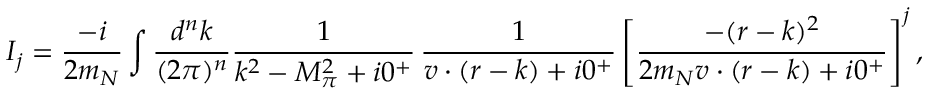
I _ { j } = \frac { - i } { 2 m _ { N } } \int \frac { d ^ { n } k } { ( 2 \pi ) ^ { n } } \frac { 1 } { k ^ { 2 } - M _ { \pi } ^ { 2 } + i 0 ^ { + } } \, \frac { 1 } { v \cdot ( r - k ) + i 0 ^ { + } } \left[ \frac { - ( r - k ) ^ { 2 } } { 2 m _ { N } v \cdot ( r - k ) + i 0 ^ { + } } \right] ^ { j } ,